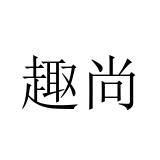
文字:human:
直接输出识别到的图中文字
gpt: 趣尚